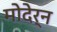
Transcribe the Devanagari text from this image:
मोदेर्न